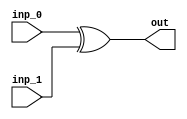
//Cheked -OK
module xor_unit(
	input wire [7:0] inp_0,
	input wire [7:0] inp_1,
	output wire [7:0] out);
  assign out = inp_0 ^ inp_1;
endmodule